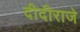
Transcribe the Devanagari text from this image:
दीदीराजे